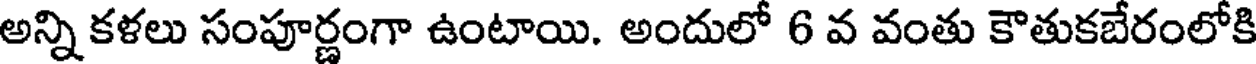
అన్ని కళలు సంపూర్ణంగా ఉంటాయి. అందులో 6 వ వంతు కౌతుకబేరంలోకి